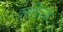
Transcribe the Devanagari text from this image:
वसविल्या